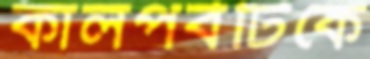
কালপর্বটিকে